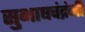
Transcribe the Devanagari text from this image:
सुभाषचंद्रंनी